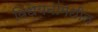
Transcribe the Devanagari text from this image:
विधेयनांमधील